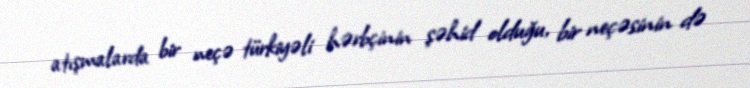
atışmalarda bir neçə türkiyəli hərbçinin şəhid olduğu, bir neçəsinin də